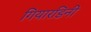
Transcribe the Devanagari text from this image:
गियारडिनी